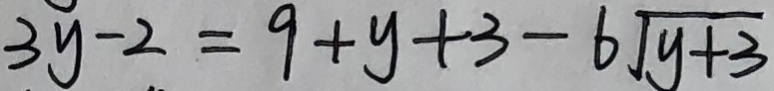
3 y - 2 = 9 + y + 3 - 6 \sqrt { y + 3 }